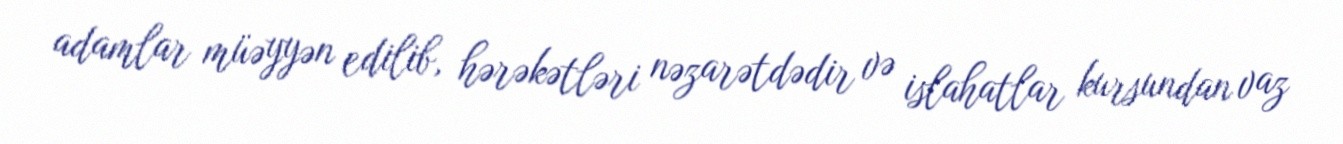
adamlar müəyyən edilib, hərəkətləri nəzarətdədir və islahatlar kursundan vaz